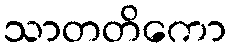
သာတတိကော